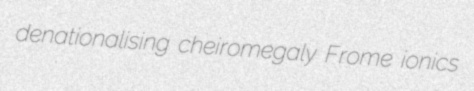
denationalising cheiromegaly Frome ionics